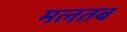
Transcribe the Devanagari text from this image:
मलतब